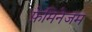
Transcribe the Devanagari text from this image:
फ़ेमिनेजम